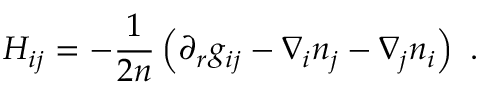
H _ { i j } = - \frac 1 { 2 n } \left( \partial _ { r } g _ { i j } - \nabla _ { i } n _ { j } - \nabla _ { j } n _ { i } \right) ~ .